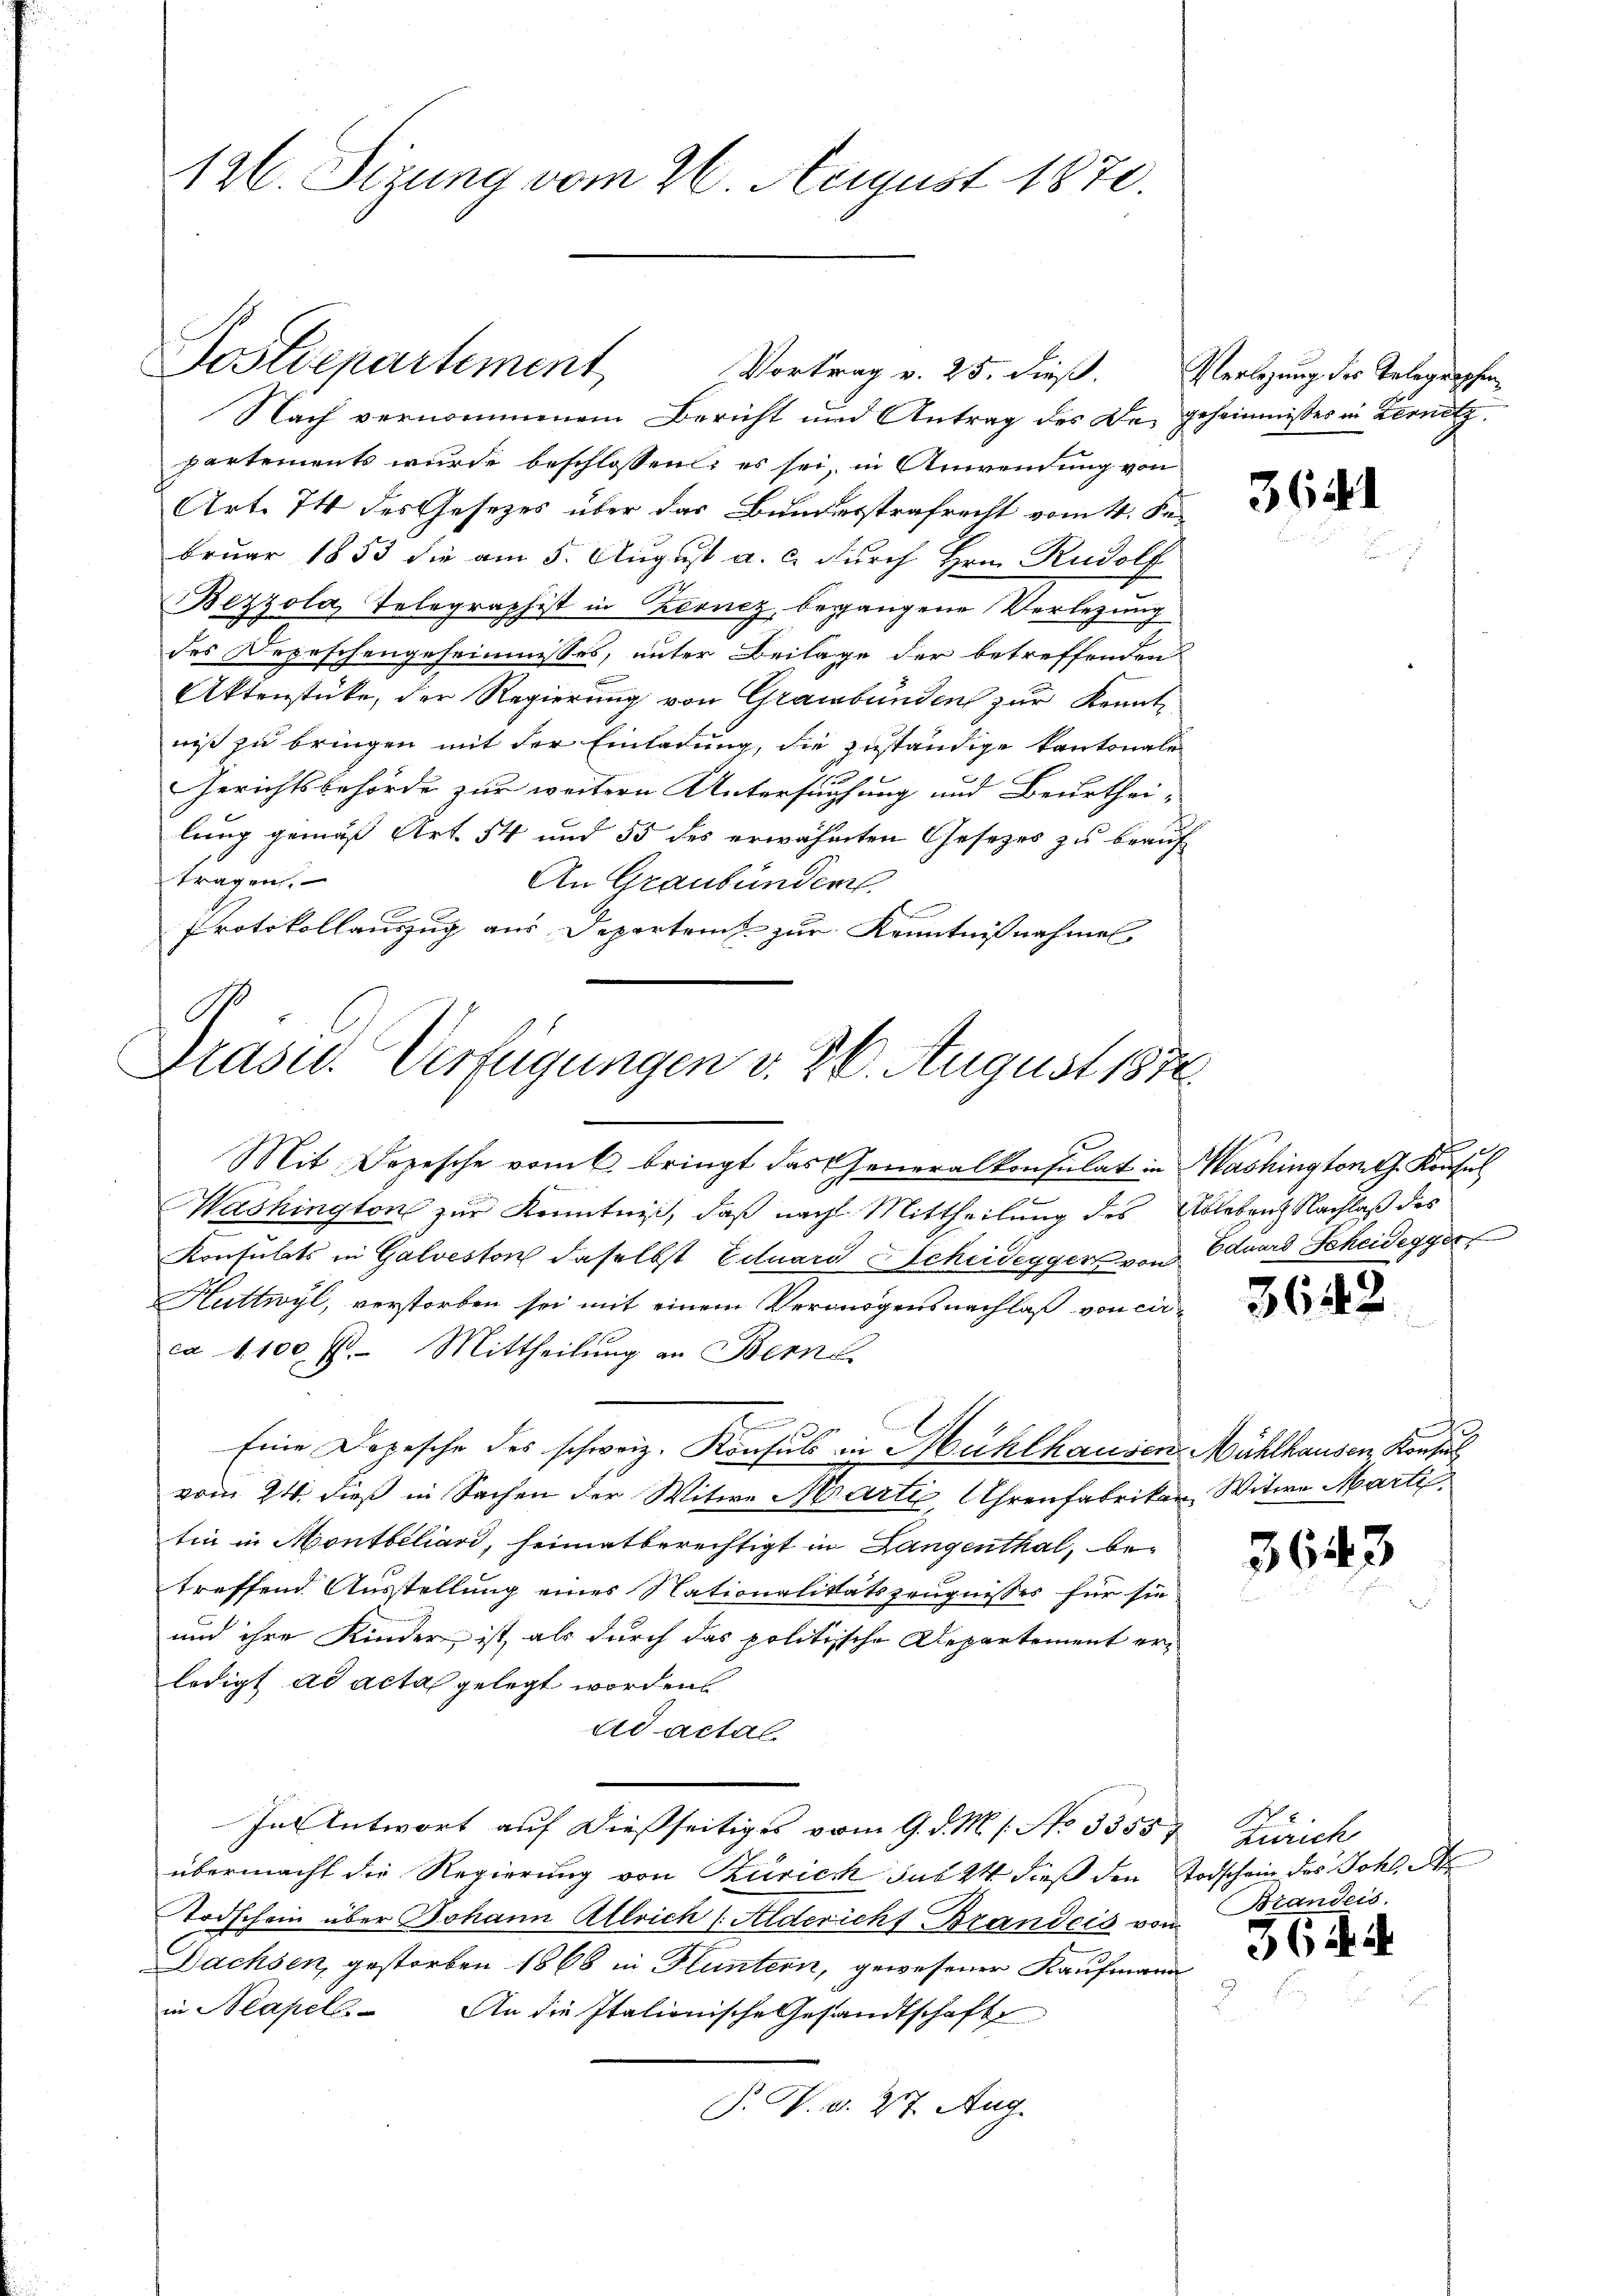
126. Sizung vom 26. August 1870.

Postdepartement

Nach vernommenem Bericht und Antrag des Den geheimnisses in Kernetz.
partements wurde beschlossen; es sei, in Anwendung von
Art. 74 des Gesetzes über das Bundesstrafrecht vom 4. Se
bruar 1853 die am 5. August a. c. durch Hrn. Rudolf
Bezzola, Telegraphist in Kernez, begangene Verlegung
des Depeschengeheimisses, unter Beilage der betreffenden
Aktenstücke, der Regierung von Graubünden zur Kenntniß zu bringen mit der Einladung, die zuständige Kantonale
1
Gerichtsbehörde zur weitern Untersuchung und Beurthei- |
lung gemäß Art. 54 und 55 des erwähnten Gesezes zu beauf
tragen.
An Graubünden.
Protokollauszug aus Departeit zur Kenntnißnahmel

Präsid.. Verfügungen v. 26. August 1872.

Vortrag v. 25. dieß.

Mit Depesche vom 6. bringt das Generalkonsulat in Washington G. Konsul
Washington zur Kenntniß, daß nach Mittheilung des Ableben Nachlaß des
Konsulats in Galveston daselbst Eduard Scheidegger von
Huttwyl, verstorben sei mit einem Vermögensnachlaß von cir-
ca 1100 l. Mittheilung an Bern
10
Eine Depesche des schweiz. Konsuls in Mühlhausen Mühlhausen, Konsul
vom 24. dieß in Sachen der Witwe Marti, Uhrenfabriken Witwe Marti
tin in Montbiliard, heimatberechtigt in Langenthal, betreffend Ausstellung eines Nationalitätszeugnisses für sie
und ihre Kinder, ist, als durch das politische Departement erledigt ad acta gelegt worden
ad actal
In Antwort auf dießseitiges vom 9. d. M. s. No 33557 Zürich
übermacht die Regierung von Kurich sub 24 dieß den Todschein des Johl d
Todschein über Johann Allrich (Aldericht Brandeis von Standeis
Dachsen, gestorben 1868 in Fluntern, gewesener Kaufmann
in Neapell. An die Italionische Gesandtschaft
P. W. d. 27. Aug.

Verlegung des Telegraphen

364

Eduard Scheidegger

364.

3643

6